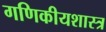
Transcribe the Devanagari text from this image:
गणिकीयशास्त्र